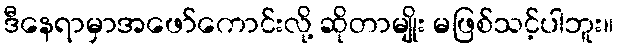
ဒီနေရာမှာအဖော်ကောင်းလို့ ဆိုတာမျိုး မဖြစ်သင့်ပါဘူး။